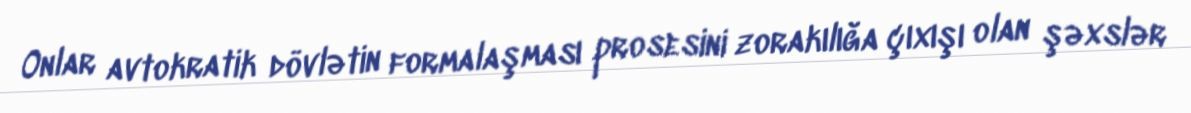
Onlar avtokratik dövlətin formalaşması prosesini zorakılığa çıxışı olan şəxslər